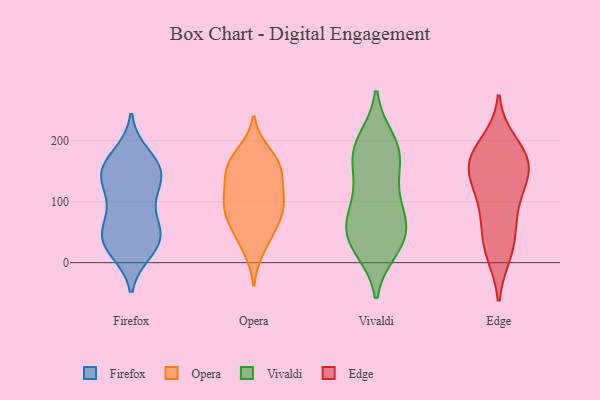
{"axis": {"x": "Active Users", "y": "Value"}, "legend": ["Edge", "Firefox", "Opera", "Vivaldi"], "data": [{"x": "", "y": 45, "type": "Firefox"}, {"x": "", "y": 177, "type": "Firefox"}, {"x": "", "y": 133, "type": "Firefox"}, {"x": "", "y": 35, "type": "Firefox"}, {"x": "", "y": 94, "type": "Firefox"}, {"x": "", "y": 147, "type": "Firefox"}, {"x": "", "y": 49, "type": "Firefox"}, {"x": "", "y": 140, "type": "Firefox"}, {"x": "", "y": 168, "type": "Firefox"}, {"x": "", "y": 19, "type": "Firefox"}, {"x": "", "y": 142, "type": "Firefox"}, {"x": "", "y": 141, "type": "Firefox"}, {"x": "", "y": 101, "type": "Firefox"}, {"x": "", "y": 32, "type": "Firefox"}, {"x": "", "y": 65, "type": "Firefox"}, {"x": "", "y": 20, "type": "Firefox"}, {"x": "", "y": 52, "type": "Firefox"}, {"x": "", "y": 161, "type": "Firefox"}, {"x": "", "y": 126, "type": "Opera"}, {"x": "", "y": 158, "type": "Opera"}, {"x": "", "y": 21, "type": "Opera"}, {"x": "", "y": 152, "type": "Opera"}, {"x": "", "y": 102, "type": "Opera"}, {"x": "", "y": 91, "type": "Opera"}, {"x": "", "y": 99, "type": "Opera"}, {"x": "", "y": 122, "type": "Opera"}, {"x": "", "y": 181, "type": "Opera"}, {"x": "", "y": 60, "type": "Opera"}, {"x": "", "y": 78, "type": "Opera"}, {"x": "", "y": 163, "type": "Opera"}, {"x": "", "y": 35, "type": "Opera"}, {"x": "", "y": 174, "type": "Opera"}, {"x": "", "y": 142, "type": "Opera"}, {"x": "", "y": 62, "type": "Opera"}, {"x": "", "y": 85, "type": "Opera"}, {"x": "", "y": 176, "type": "Vivaldi"}, {"x": "", "y": 31, "type": "Vivaldi"}, {"x": "", "y": 111, "type": "Vivaldi"}, {"x": "", "y": 139, "type": "Vivaldi"}, {"x": "", "y": 194, "type": "Vivaldi"}, {"x": "", "y": 47, "type": "Vivaldi"}, {"x": "", "y": 47, "type": "Vivaldi"}, {"x": "", "y": 169, "type": "Vivaldi"}, {"x": "", "y": 23, "type": "Vivaldi"}, {"x": "", "y": 200, "type": "Vivaldi"}, {"x": "", "y": 181, "type": "Vivaldi"}, {"x": "", "y": 69, "type": "Vivaldi"}, {"x": "", "y": 87, "type": "Vivaldi"}, {"x": "", "y": 32, "type": "Vivaldi"}, {"x": "", "y": 78, "type": "Vivaldi"}, {"x": "", "y": 167, "type": "Edge"}, {"x": "", "y": 179, "type": "Edge"}, {"x": "", "y": 139, "type": "Edge"}, {"x": "", "y": 71, "type": "Edge"}, {"x": "", "y": 113, "type": "Edge"}, {"x": "", "y": 47, "type": "Edge"}, {"x": "", "y": 153, "type": "Edge"}, {"x": "", "y": 21, "type": "Edge"}, {"x": "", "y": 163, "type": "Edge"}, {"x": "", "y": 16, "type": "Edge"}, {"x": "", "y": 196, "type": "Edge"}, {"x": "", "y": 103, "type": "Edge"}, {"x": "", "y": 163, "type": "Edge"}]}